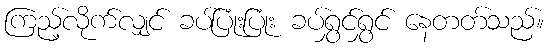
ကြည့်လိုက်လျှင် ခပ်ပြုံးပြုံး ခပ်ရွှင်ရွှင် နေတတ်သည်။